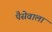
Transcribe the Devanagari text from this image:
पैसेवाला